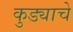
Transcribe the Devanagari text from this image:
कुड्याचे